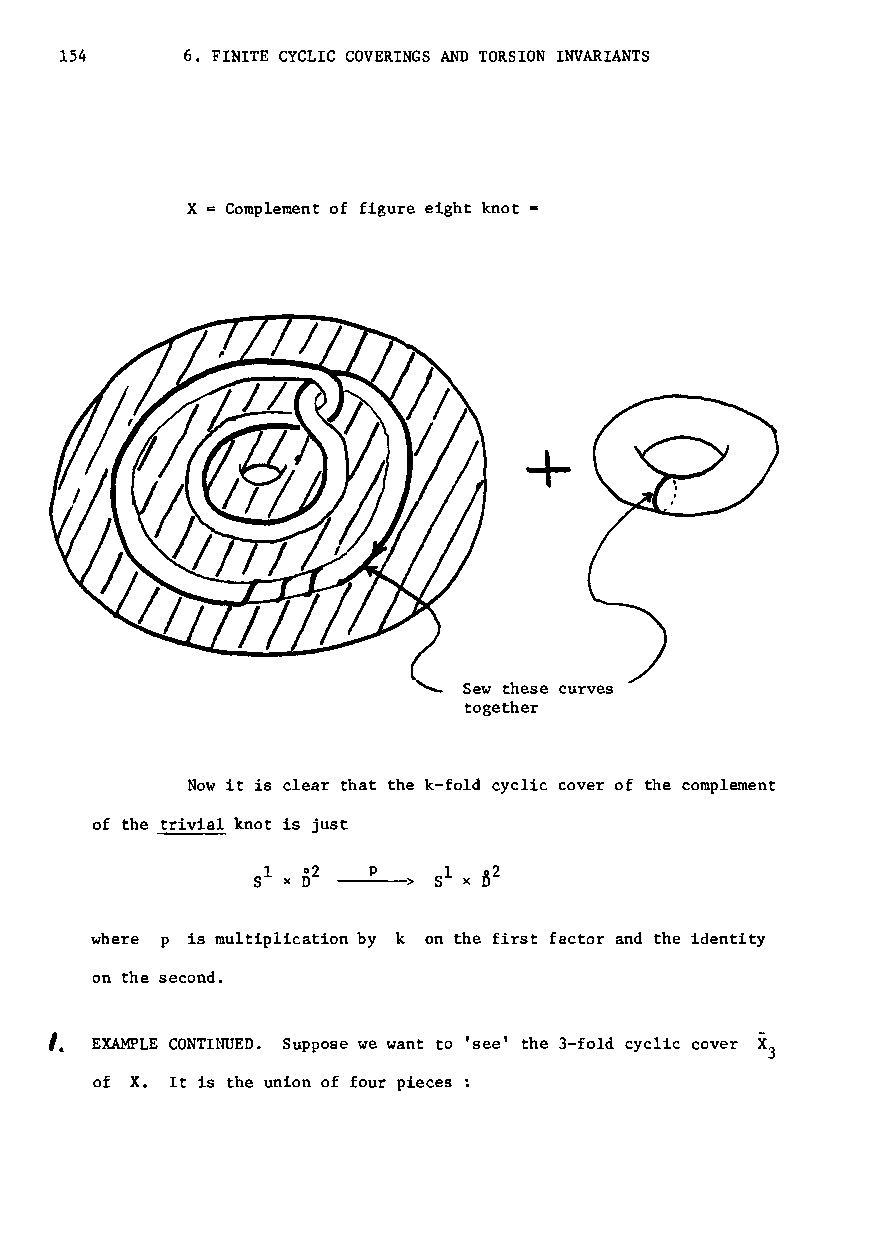
154     6. FINITE CYCLIC COVERINGS AND TORSION INVARIANTS
 X  Complement of figure eight knot
 +
 Sew these curves
 together
 Now it is clear that the k-fold cyclic cover of the complement
 of the trivial knot is just
 p
 ---->
 where p is multiplication by k on the first factor and the identity
 on the second.
 I.
 EXAMPLE CONTINUED. Suppose we want to 'see' the 3-fold cyclic cover X
 3
 of X. It is the union of four pieces